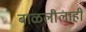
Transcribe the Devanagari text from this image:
बाळलीलाही